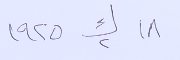
١٨ ك٢ ١٩٢٥